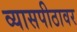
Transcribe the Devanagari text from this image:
व्‍यासपीठावर